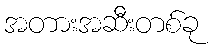
အတားအဆီးတစ်ခု